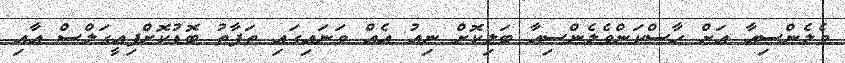
ވެލެންސިއާ އަށް ހާސްކަންވެލެންސިއާ ބަލިކޮށް ނިއު އެއް ވަނައިގައި ތަފާތު ބޮޑުކޮށްފިއީގަލްސް އާއި